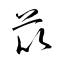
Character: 苡